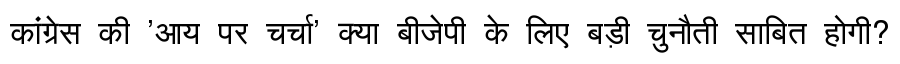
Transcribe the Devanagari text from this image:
कांग्रेस की 'आय पर चर्चा' क्या बीजेपी के लिए बड़ी चुनौती साबित होगी?